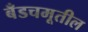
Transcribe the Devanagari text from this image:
बँडचमूतील